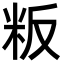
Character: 粄